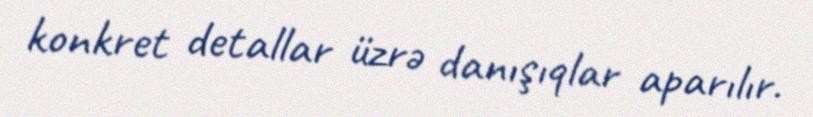
konkret detallar üzrə danışıqlar aparılır.